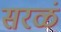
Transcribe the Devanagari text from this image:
सरळं